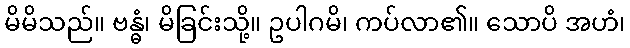
မိမိသည်။ ဗန္ဓံ၊ မိခြင်းသို့။ ဥပါဂမိ၊ ကပ်လာ၏။ သောပိ အဟံ၊